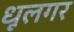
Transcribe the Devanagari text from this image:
धूलगर